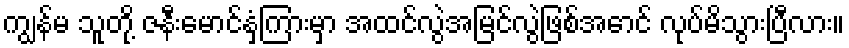
ကျွန်မ သူတို့ ဇနီးမောင်နှံကြားမှာ အထင်လွဲအမြင်လွဲဖြစ်အောင် လုပ်မိသွားပြီလား။